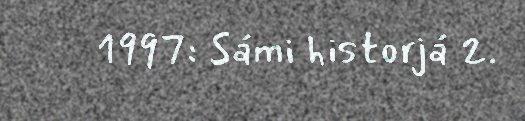
1997: Sámi historjá 2.